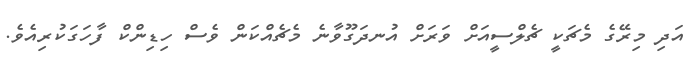
އަދި މިރޭގެ މެޗަކީ ޗެލްސީއަށް ވަރަށް އުނދަގޫވާނެ މެޗެއްކަން ވެސް ހިޑިންކް ފާހަގަކުރިއެވެ.